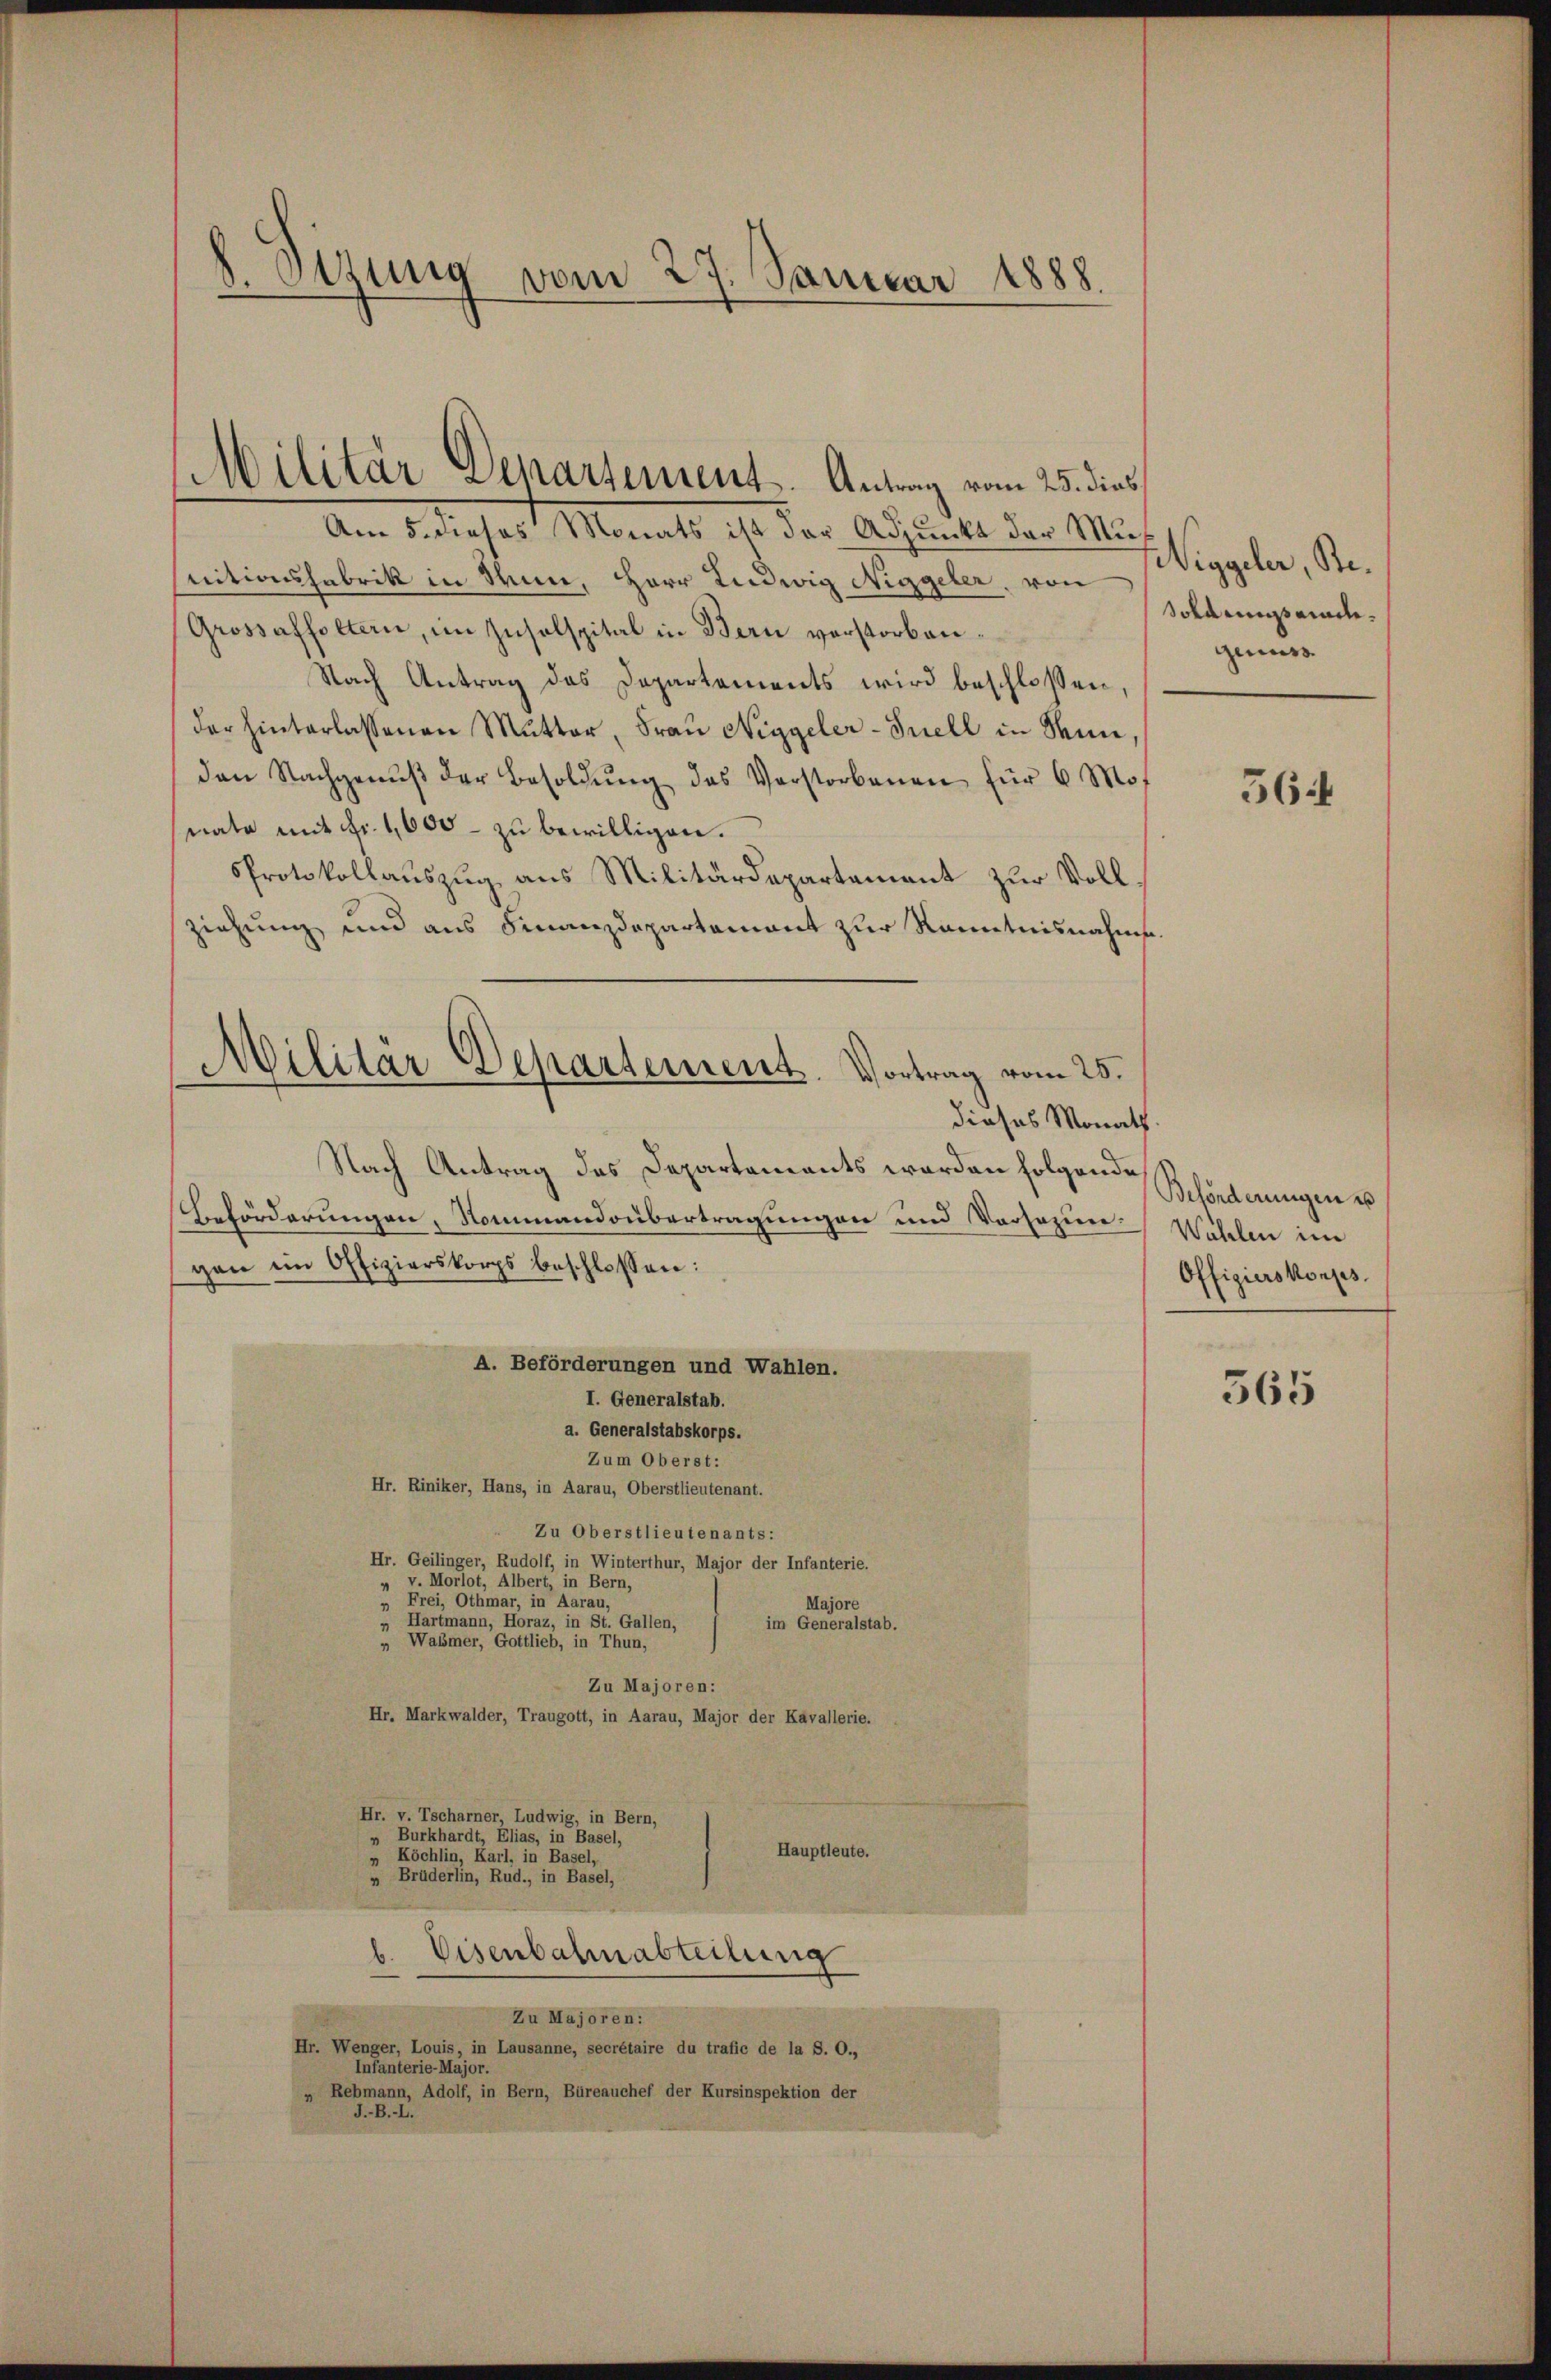
h. Stzung vom 27. Januar 1888.

Militär Separtement. Antrag vom 25. dies

Am 5. dieses Monats ist der Adjunkt der Musnitionsfabrik in Sinn, Herr Ludwig Niggeler, von
Grossaffoltern, im Zusalspital in Bern verstorben¬
Nach Antrag des Departements wird beschlossen,
der hinterlassenen Mutter, Fraŭ Niggeler-Inell in Senn,
den Nachgenŭβ der Besoldŭng des Vorstorbenen für 6 Mos
nata mit Fr. 1,600 - zu bewilligen.
Protokollaŭszŭg ans Militärdepartement zur Voll-
ziehung und aus Finanzdepartement zur Kenntnisnahme.
dieses Monath.
Nach Antrag des Departements worden folgenden Behörderungen u
Beförderungen, Nommandoubertragungen und Vorsezun-Wählen im
gen ein Offizierskorps beschlossen:
A. Beförderungen und Wahlen.
I. Generalstab.
a. Generalstabskorps.
Zum Oberst:
Hr. Riniker, Hans, in Aarau, Oberstlieutenant.
Zu Oberstlieutenants:
Hr. Geilinger, Rudolf, in Winterthur, Major der Infanterie.
v. Morlot, Albert, in Bern,
 Frei, Othmar, in Aarau,
Majore
Hartmann, Horaz, in St. Gallen,
im Generalstab.
 Waömer, Gottlieb, in Thun,
Zu Majoren:
Hr. Markwalder, Traugott, in Aarau, Major der Kavallerie.
Hr. v. Tscharner, Ludwig, in Bern,
Burkhardt, Elias, in Basel,
Hauptleute.
„ Köchlin, Karl, in Basel,
„ Brüderlin, Rud., in Basel,
b. Eisenbahnabteilung
Zu Majoren:
Hr. Wenger, Louis, in Lausanne, secrétaire du trafic de la S. O.,
Infanterie-Major.
„ Rebmann, Adolf, in Bern, Büreauchef der Kursinspektion der
J.-B. I.

Militär Departement. Vortrag vom 25.

Wiggeler, Resoldungsrath.
genuss.

564

Offizierskorps.

565